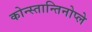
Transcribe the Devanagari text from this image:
कोन्स्तान्तिनोप्ले